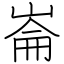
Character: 崙